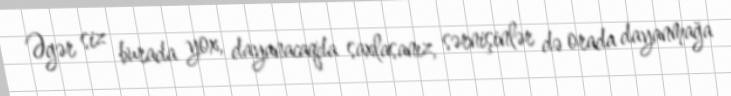
Əgər siz burada yox, dayanacaqda saxlasanız, sərnişinlər də orada dayanmağa